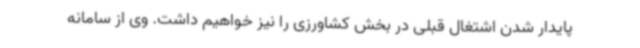
پایدار شدن اشتغال قبلی در بخش کشاورزی را نیز خواهیم داشت. وی از سامانه